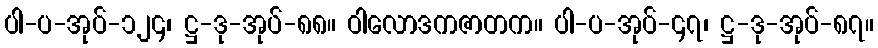
ပါ-ပ-အုပ်-၁၂၄၊ ဋ္ဌ-ဒု-အုပ်-၈၈။ ဝါလောဒကဇာတက။ ပါ-ပ-အုပ်-၄၇၊ ဋ္ဌ-ဒု-အုပ်-၈၇။